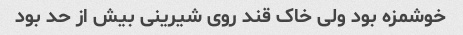
خوشمزه بود ولی خاک قند روی شیرینی بیش از حد بود